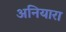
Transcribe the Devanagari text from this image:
अनियारा